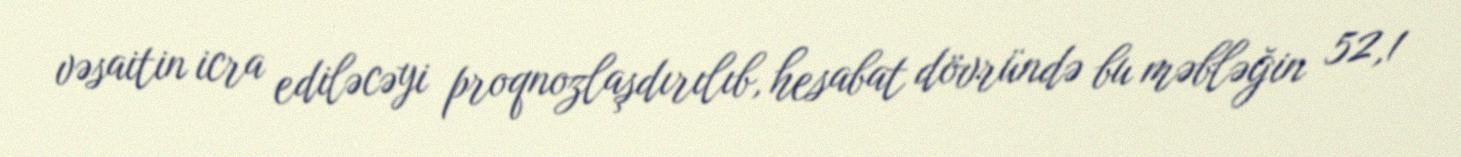
vəsaitin icra ediləcəyi proqnozlaşdırılıb, hesabat dövründə bu məbləğin 52,1